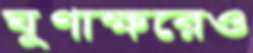
ঘূণাক্ষরেও